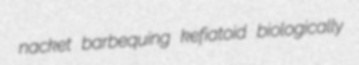
nacket barbequing kefiatoid biologically